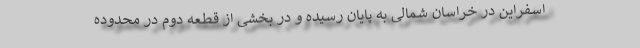
اسفراین در خراسان شمالی به پایان رسیده و در بخشی از قطعه دوم در محدوده